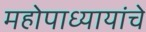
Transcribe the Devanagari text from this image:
महोपाध्यायांचे